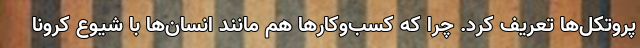
پروتکل‌ها تعریف کرد. چرا که کسب‌وکارها هم مانند انسان‌ها با شیوع کرونا